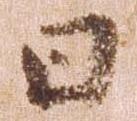
日